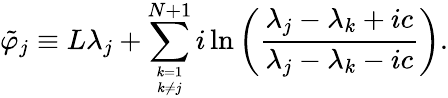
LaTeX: \tilde{\varphi}_{j}\equiv L\lambda_{j}+\sum_{k=1\atop{k\ne j}}^{N+1}i\ln\left(\frac{\lambda_{j}-\lambda_{k}+ic}{\lambda_{j}-\lambda_{k}-ic}\right).